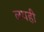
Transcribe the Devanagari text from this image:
लयही